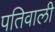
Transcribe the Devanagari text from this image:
पतिवाली